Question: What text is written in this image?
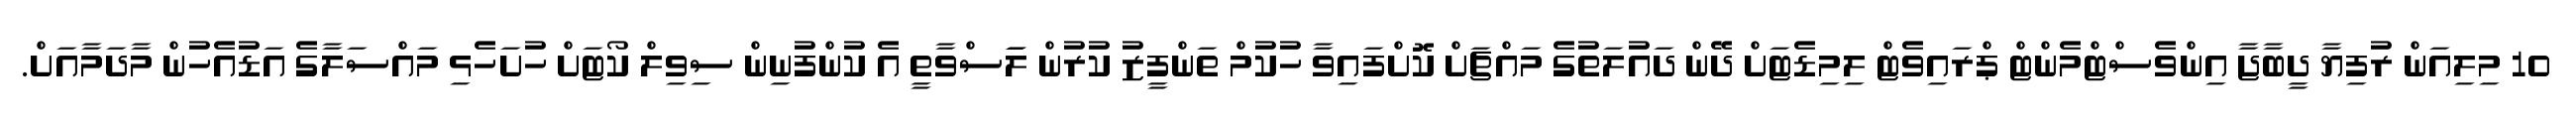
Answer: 10 މިލިއަން ރުފިޔާ ދީބާޖާ އިންވެސްޓްމެންޓް ޕްރައިވެޓް ލިމިޑެޓަށް ދޭން ދައުލަތުގެ މައްޗަށް ކޮށްފައިވާ ހުކުމް ތަންފީޒު ކުރުން ލަަސްވާތީ އެ ކުންފުނިން ސިވިލް ކޯޓަށް ހުށަހެޅި މައްސަލާގެ އަޑުއެހުން މާދަމާއަށް.